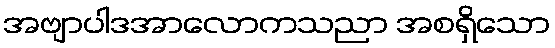
အဗျာပါဒအာလောကသညာ အစရှိသော